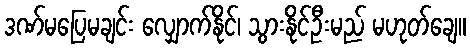
ဒဏ်မပြေမချင်း လျှောက်နိုင်၊ သွားနိုင်ဦးမည် မဟုတ်ချေ။